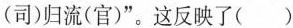
(司)归流(官)”。这反映了()